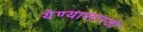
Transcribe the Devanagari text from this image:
येण्यासारठी